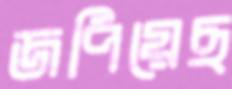
জপিয়েছ